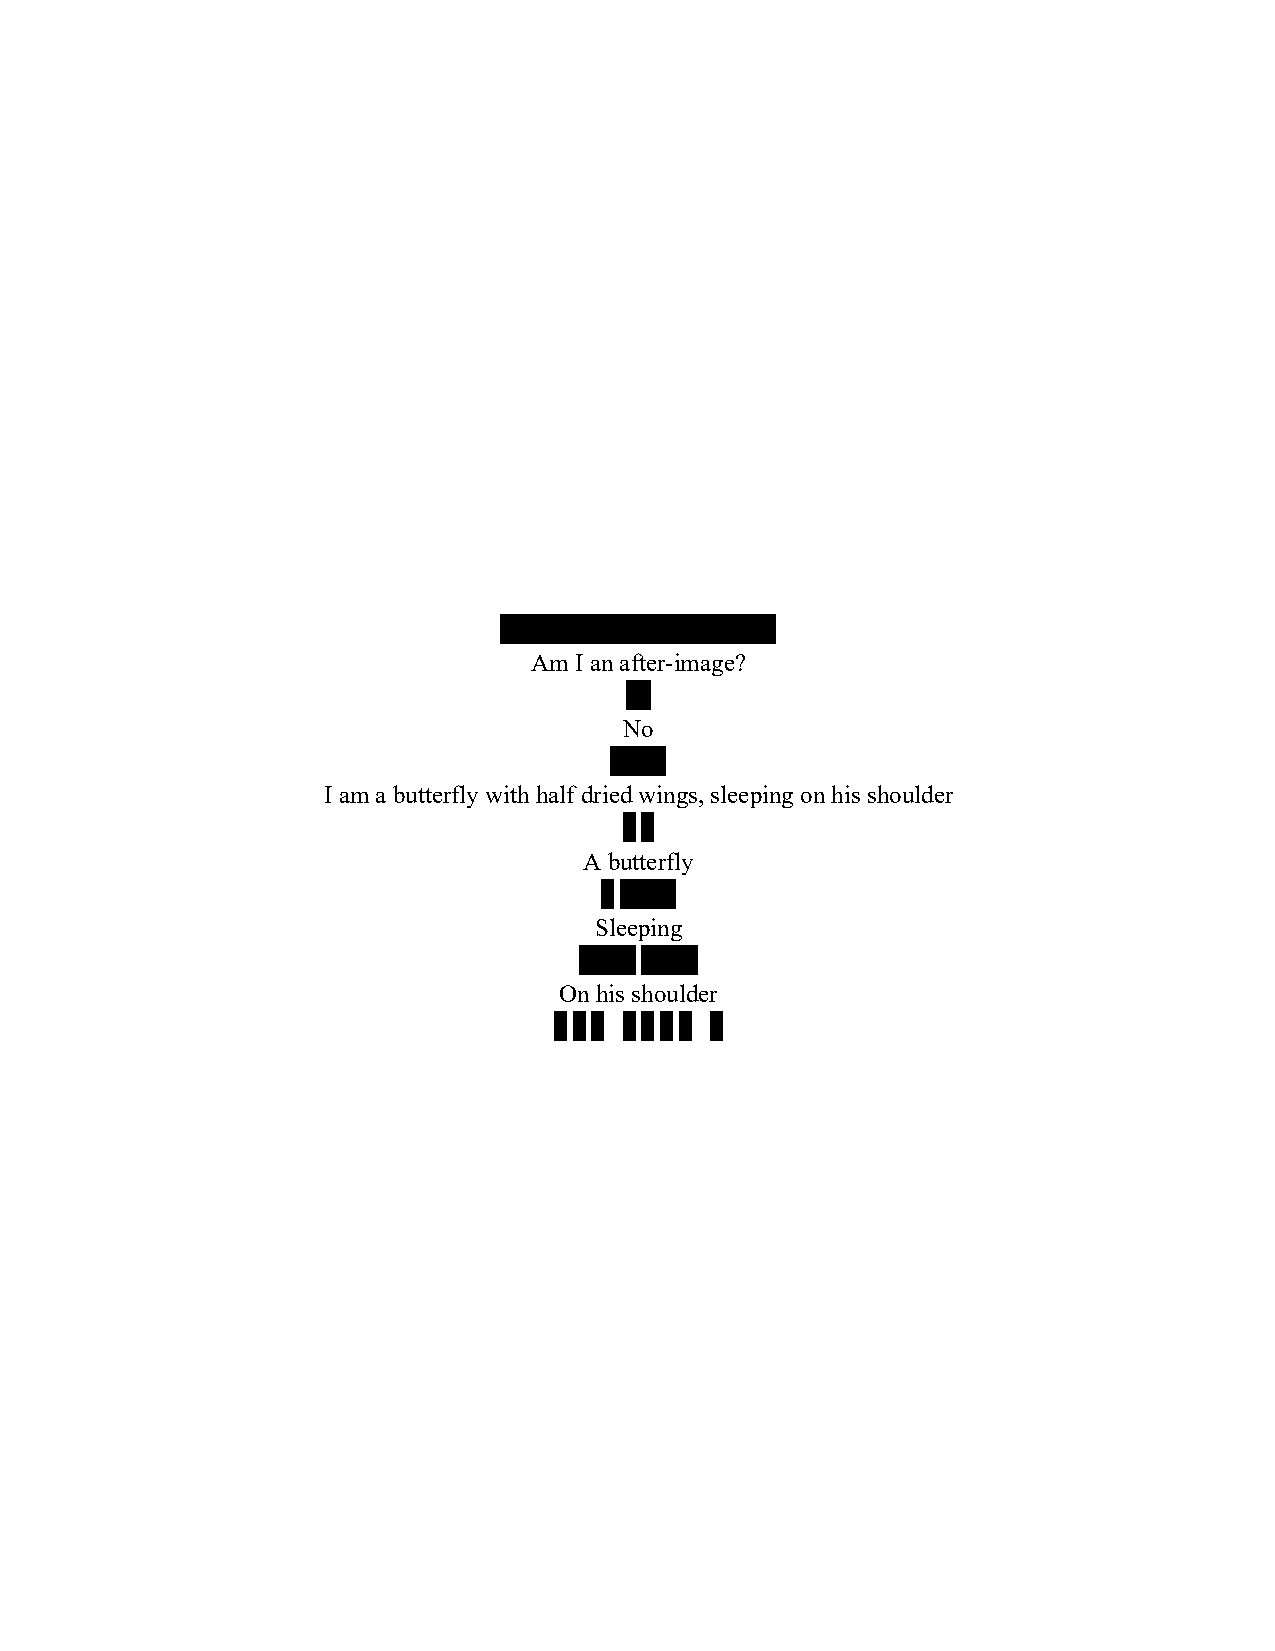
……………………………
 Am I an after-image?
 …
 No
 …….
 I am a butterfly with half dried wings, sleeping on his shoulder
 .. ..
 A butterfly
 .. …….
 Sleeping
 ……. …….
 On his shoulder
 .. .. .. .. .. .. .. ..